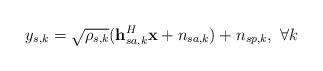
LaTeX: \begin{align*}y_{s,k}=\sqrt{\rho_{s,k}}(\mathbf{h}_{sa,k}^{H}\mathbf{x}+n_{sa,k})+n_{sp,k},~\forall k\end{align*}